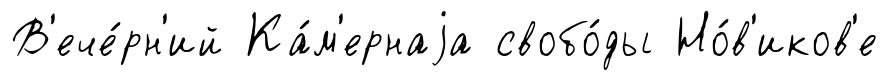
В'ече́рн'ий Ка́м'ернаjа свобо́ды Но́в'иков'е